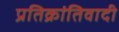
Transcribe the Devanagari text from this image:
प्रतिक्रांतिवादी